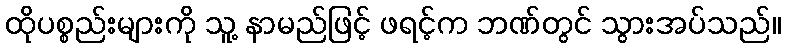
ထိုပစ္စည်းများကို သူ့ နာမည်ဖြင့် ဖရင့်က ဘဏ်တွင် သွားအပ်သည်။